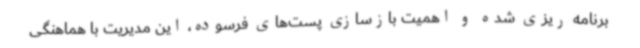
برنامه ریزی شده و اهمیت بازسازی پست‌های فرسوده، این مدیریت با هماهنگی